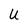
Character: U